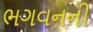
ભગવનની